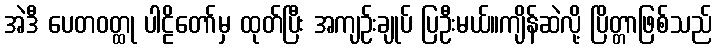
အဲဒီ ပေတဝတ္ထု ပါဠိတော်မှ ထုတ်ပြီး အကျဉ်းချုပ် ပြဦးမယ်။ကျိန်ဆဲလို့ ပြိတ္တာဖြစ်သည်